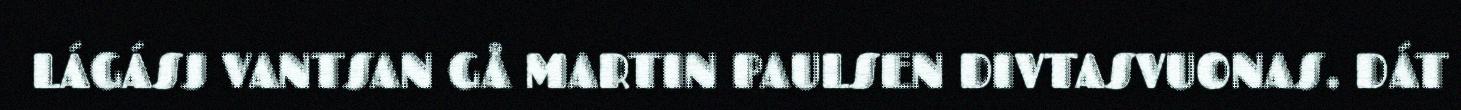
LÁGÁSJ VANTSAN GÅ MARTIN PAULSEN DIVTASVUONAS. DÁT